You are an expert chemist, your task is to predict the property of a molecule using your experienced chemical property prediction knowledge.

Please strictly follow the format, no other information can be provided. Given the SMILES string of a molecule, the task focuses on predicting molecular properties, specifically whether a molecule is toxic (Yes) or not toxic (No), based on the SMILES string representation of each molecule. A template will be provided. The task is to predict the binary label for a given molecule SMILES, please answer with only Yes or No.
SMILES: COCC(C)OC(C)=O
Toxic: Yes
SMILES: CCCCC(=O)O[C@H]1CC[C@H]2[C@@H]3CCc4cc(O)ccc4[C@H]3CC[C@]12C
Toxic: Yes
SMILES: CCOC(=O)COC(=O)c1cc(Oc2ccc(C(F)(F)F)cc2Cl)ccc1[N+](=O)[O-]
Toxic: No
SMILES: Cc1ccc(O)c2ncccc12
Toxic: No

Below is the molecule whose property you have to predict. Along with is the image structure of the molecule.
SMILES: CC1=C(C)S(=O)(=O)CCS1(=O)=O
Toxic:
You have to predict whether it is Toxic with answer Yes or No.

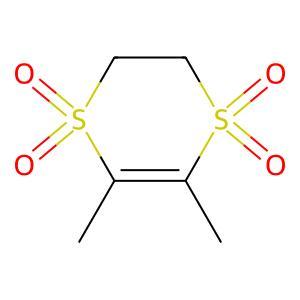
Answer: No